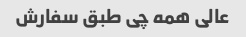
عالی همه چی طبق سفارش